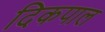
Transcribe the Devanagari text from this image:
दिकपाल